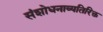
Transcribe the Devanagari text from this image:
संशोधनाव्यतिरिक्त